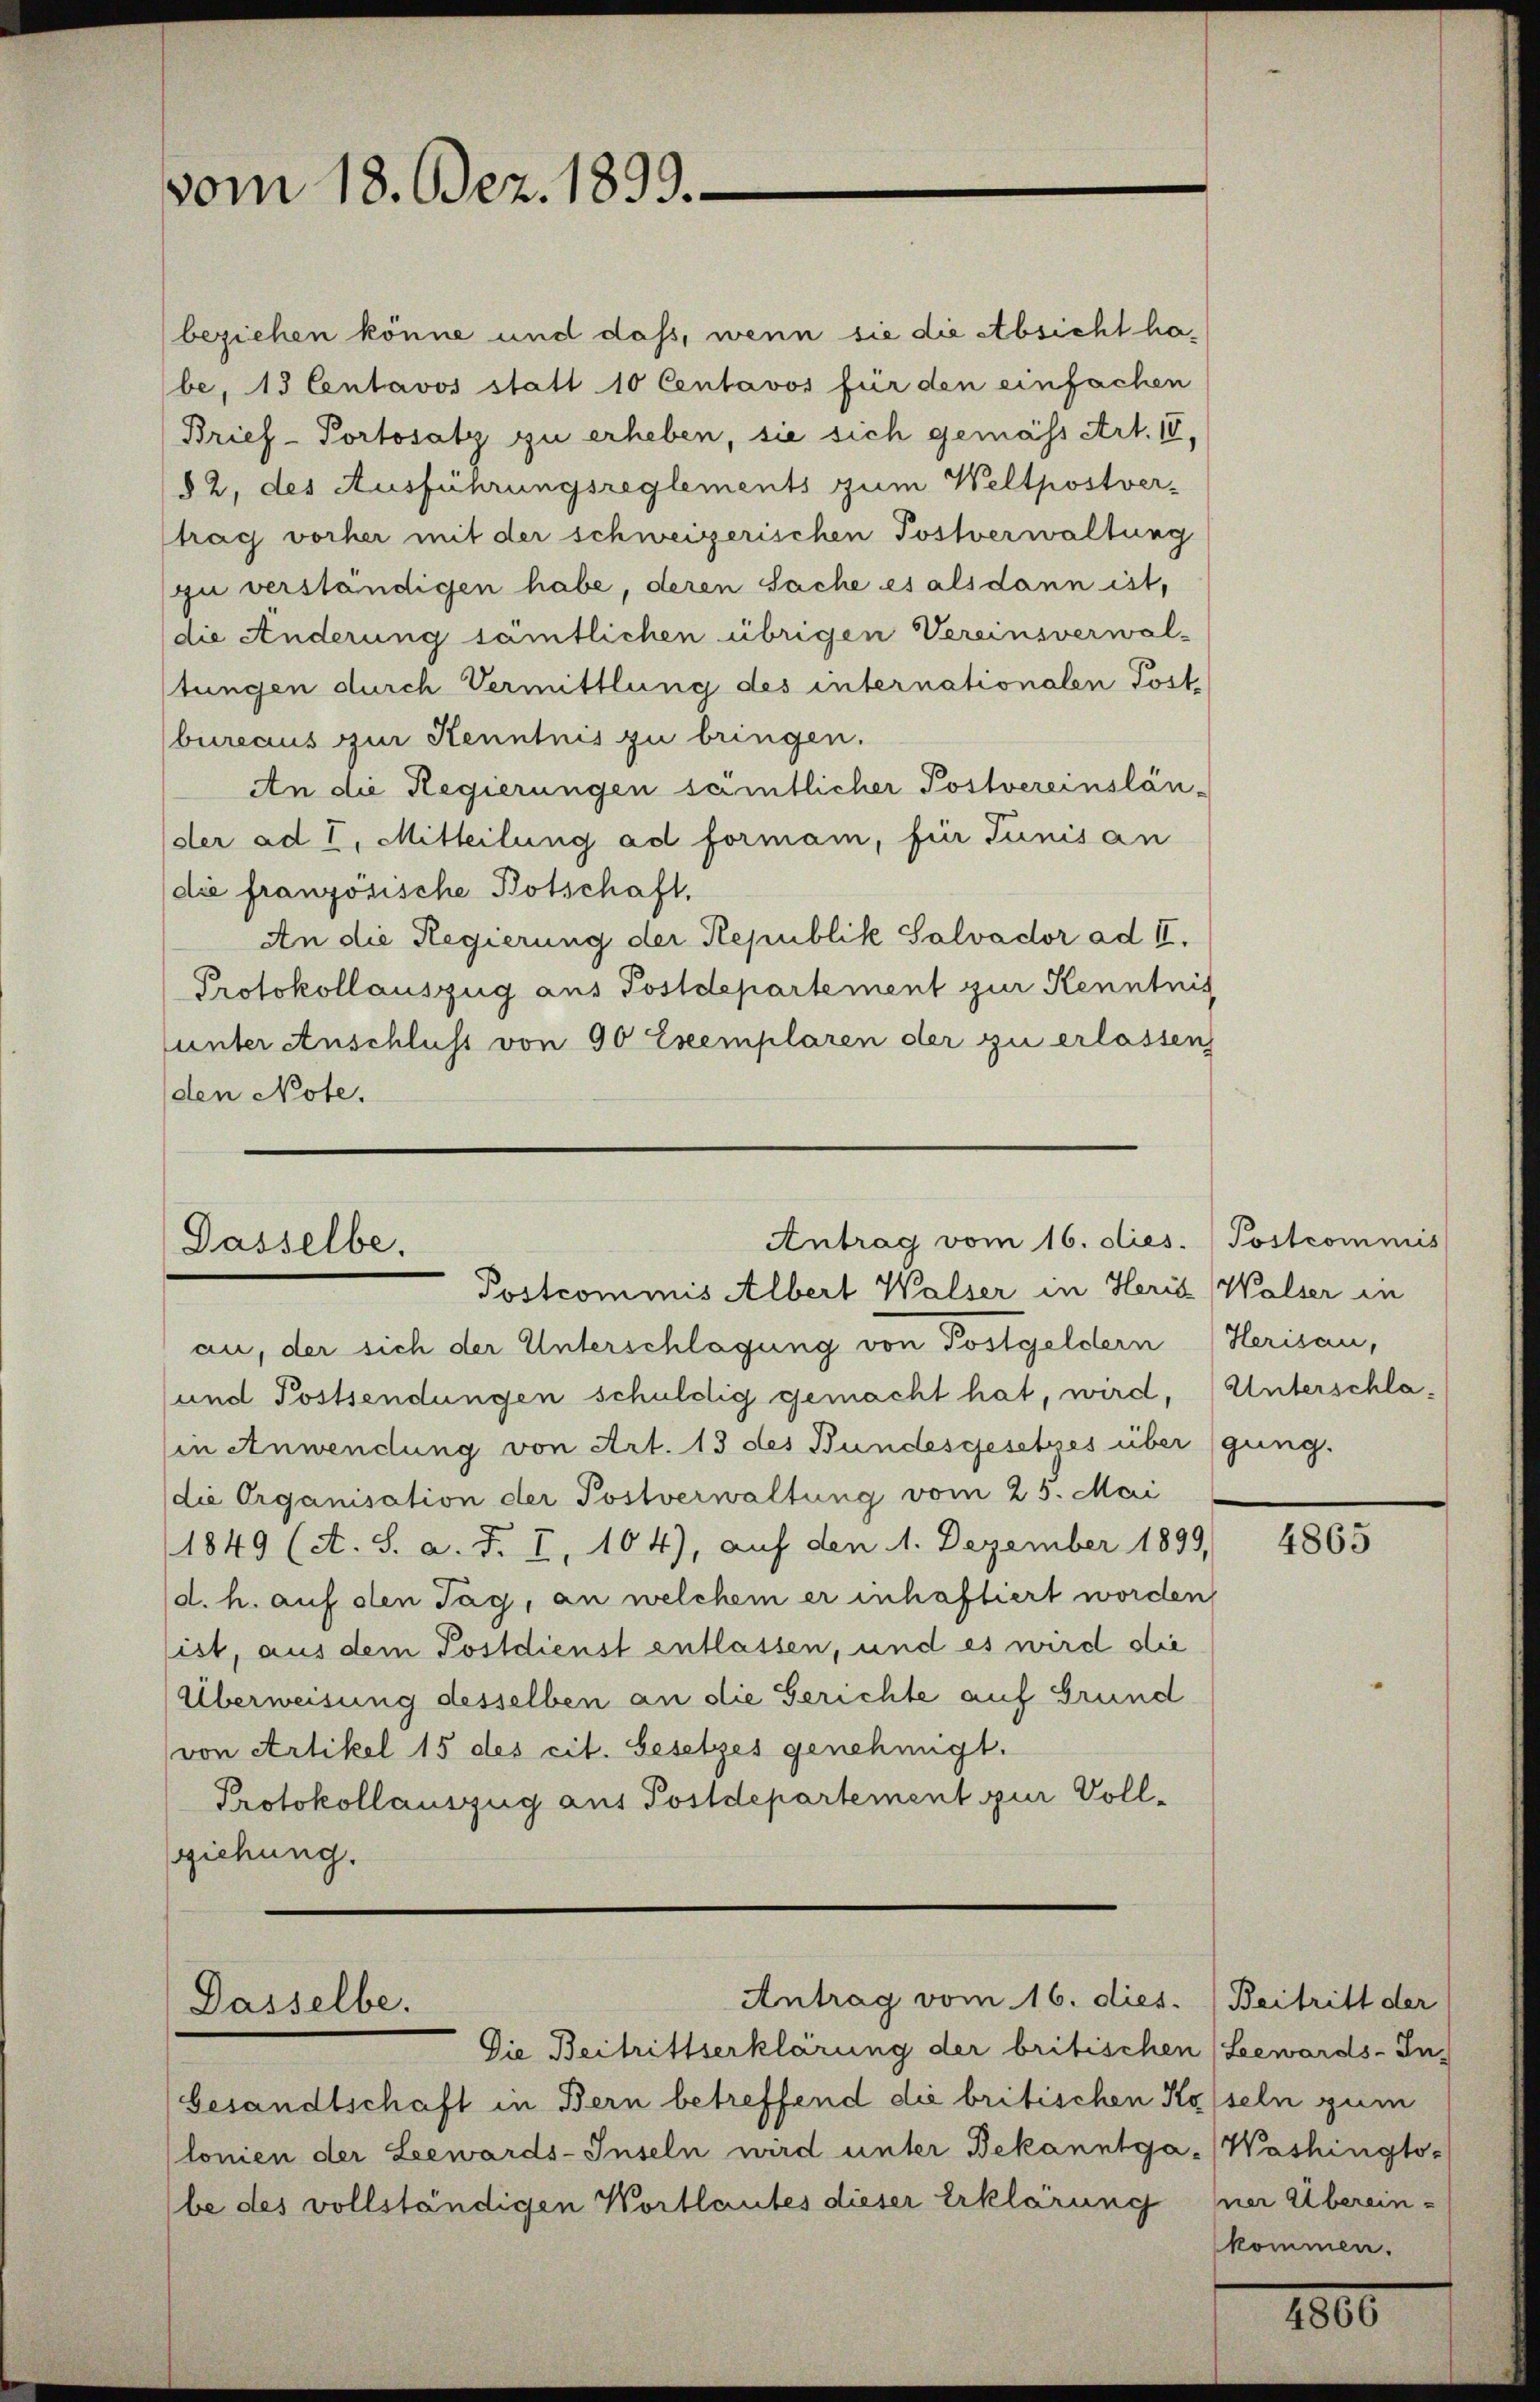
vom 18. Dez. 1899.

an, der sich der Unterschlagung von Postgeldern (Herisau,
und Postsendungen schuldig gemacht hat, wird, Unterschla¬
(in Anwendung von Art. 13 des Bundesgesetzes übergung.
die Organisation der Postverwaltung vom 25. Mai
1849 (A. S. a. d. I, 104), auf den 1. Dezember 1899,
(d. h. auf den Tag, an welchem er inhaftiert worden
sist, aus dem Postdienst entlassen, und es wird die
Überweisung desselben an die Gerichte auf Grund
von Artikel 15 des cit. Gesetzes genehmigt.
Protokollauszug aus Postdepartement zur Voll¬
(ziehung.

Antrag vom 16. dies. / Postcommis
Dasselbe.
Postcommis Albert Walser in Heris Walser in

(beziehen könne und daß, wenn sie die Absicht habe, 13 Centavos statt 10 Centavos für den einfachen
Brief-Portosatz zu erheben, sie sich gemäss Art. IV,
82, des Ausführungsreglements zum Weltpostver-
trag vorher mit der schweizerischen Postverwaltung
zu verständigen habe, deren Sache es alsdann ist,
(die Änderung sämtlichen übrigen Vereinsverwal-
stungen durch Vermittlung des internationalen Post
bureaus zur Kenntnis zu bringen.
An die Regierungen sämtlicher Postvereinslän-
der ad I. Mitteilung ad formann, für Tunis an
(die französische Botschaft.
An die Regierung der Republik Salvador ad II.
Protokollauszug aus Postdepartement zur Kenntnis
(unter Anschluss von 90 Exemplaren der zu erlassen
den Note.

Antrag vom 16. dies. Beitritt der
Dasselbe.

Die Beitrittserklärung der britischen (Lewards-In-
Gesandtschaft in Bern betreffend die britischen Kapseln zum
lonien der Leewards-Inseln wird unter Bekanntga-Washingto-
be des vollständigen Wortlautes dieser Erklärung sner Überein-

4865

kommen.

1800